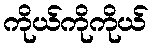
ကိုယ်ကိုကိုယ်